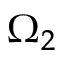
\Omega _ { 2 }